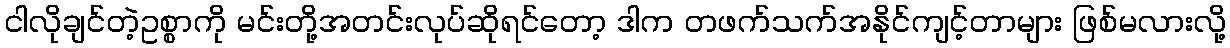
ငါလိုချင်တဲ့ဥစ္စာကို မင်းတို့အတင်းလုပ်ဆိုရင်တော့ ဒါက တဖက်သက်အနိုင်ကျင့်တာများ ဖြစ်မလားလို့